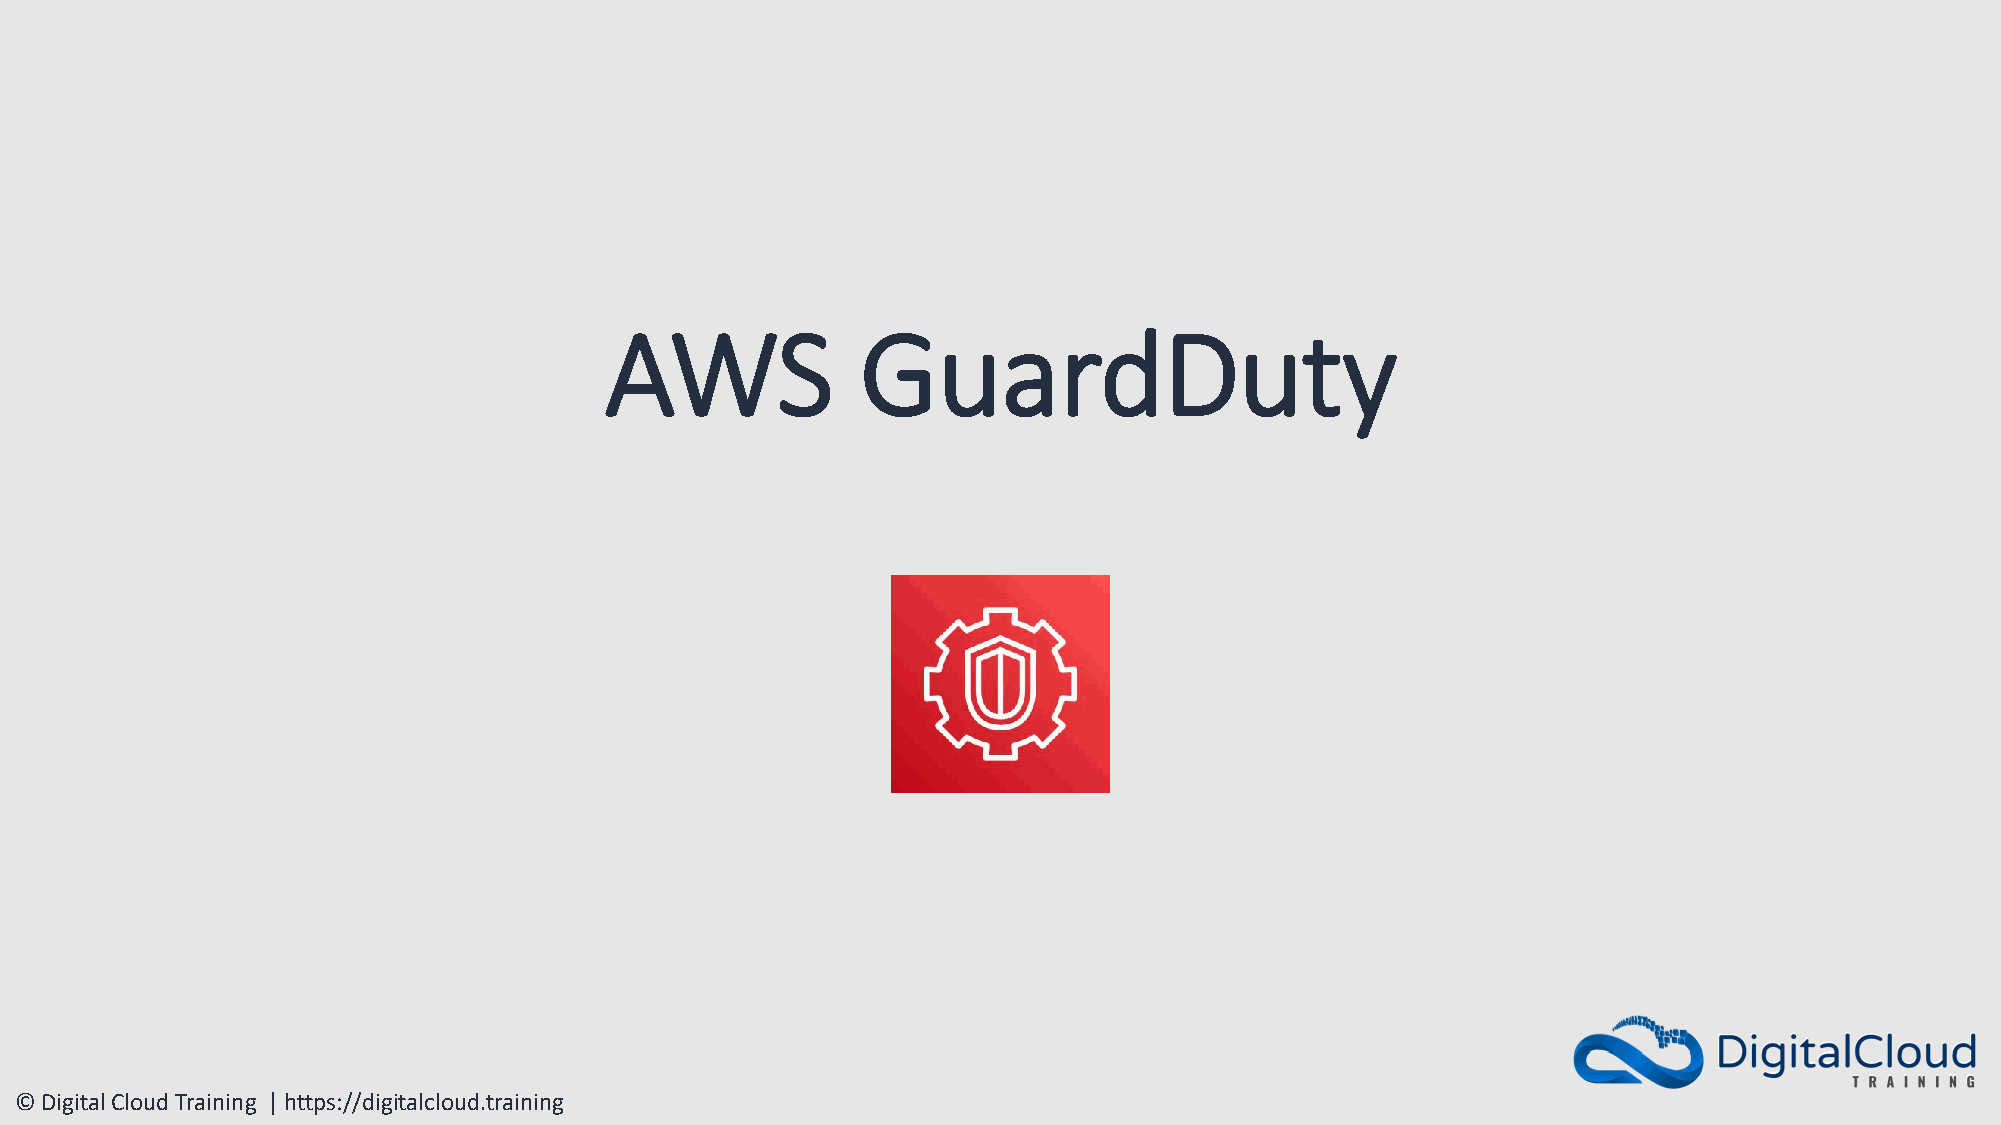
AWS              GuardDuty
 © Digital Cloud Training | https://digitalcloud.training